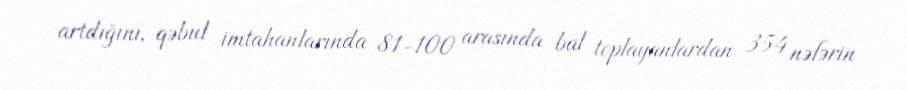
artdığını, qəbul imtahanlarında 81-100 arasında bal toplayanlardan 354 nəfərin